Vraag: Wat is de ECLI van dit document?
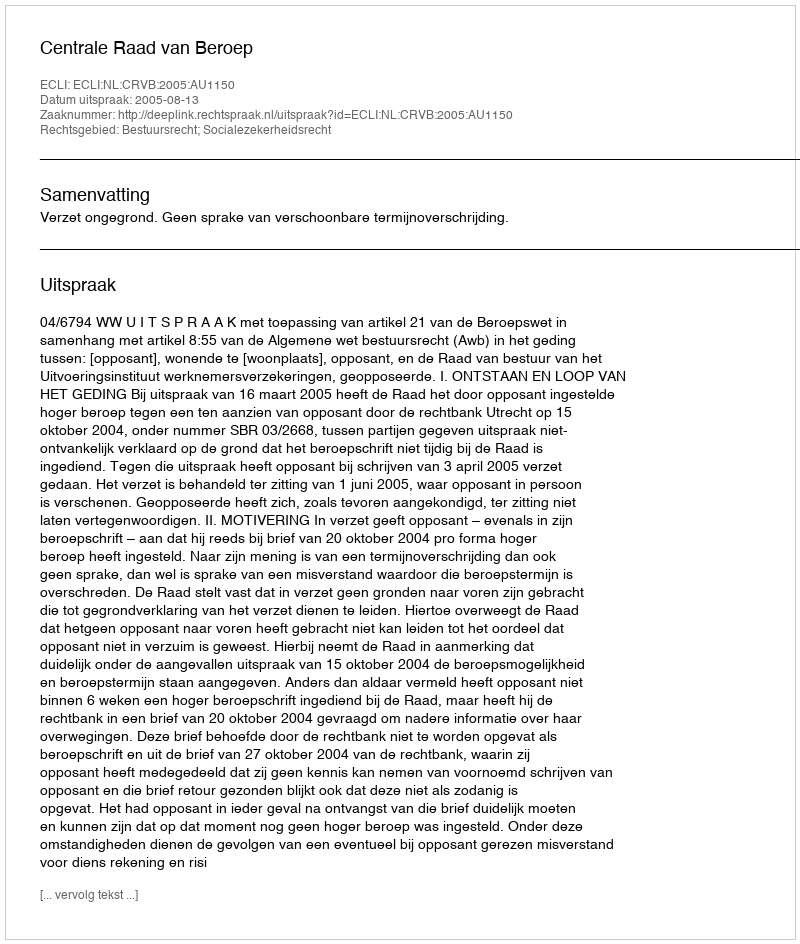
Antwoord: ECLI:NL:CRVB:2005:AU1150